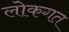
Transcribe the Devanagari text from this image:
लोकगत